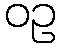
ဝဥ